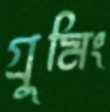
গ্রুমিং